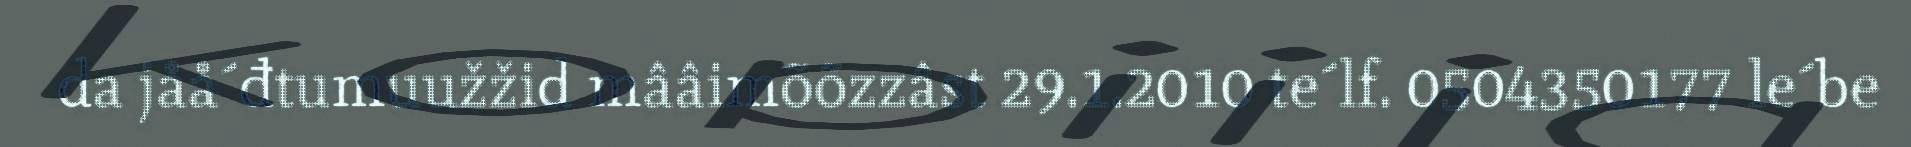
da jåå´đtumuužžid mââimõõzzâst 29.1.2010 te´lf. 0504350177 le´be